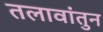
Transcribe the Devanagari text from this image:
तलावांतुन